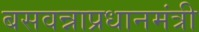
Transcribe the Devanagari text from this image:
बसवन्नाप्रधानमंत्री